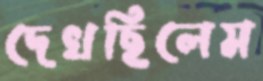
দেখছিলেম